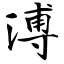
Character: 溥